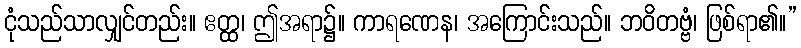
ငုံသည်သာလျှင်တည်း။ ဧတ္ထ၊ ဤအရာ၌။ ကာရဏေန၊ အကြောင်းသည်။ ဘဝိတဗ္ဗံ၊ ဖြစ်ရာ၏။”